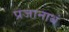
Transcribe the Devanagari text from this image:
प्रजानाथं